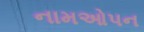
નામઓપન